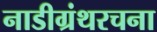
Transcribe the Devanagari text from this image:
नाडीग्रंथरचना